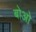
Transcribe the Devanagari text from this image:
बोओ